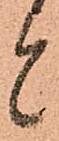
と